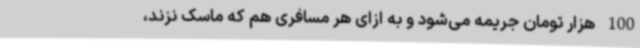
100 هزار تومان جریمه می‌شود و به ازای هر مسافری هم که ماسک نزند،